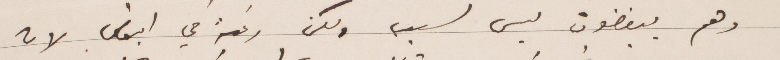
وهم يبغضون ليس لسبب ولكن رغبة في البعض لان